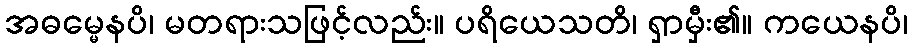
အဓမ္မေနပိ၊ မတရားသဖြင့်လည်း။ ပရိယေသတိ၊ ရှာမှီး၏။ ကယေနပိ၊